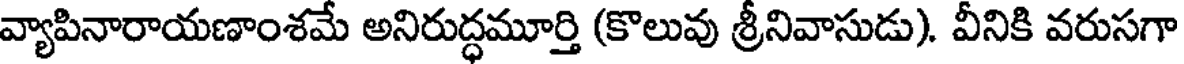
వ్యాపినారాయణాంశమే అనిరుద్ధమూర్తి (కొలువు శ్రీనివాసుడు). వీనికి వరుసగా